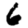
Digit: 6